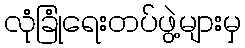
လုံခြုံရေးတပ်ဖွဲ့များမှ